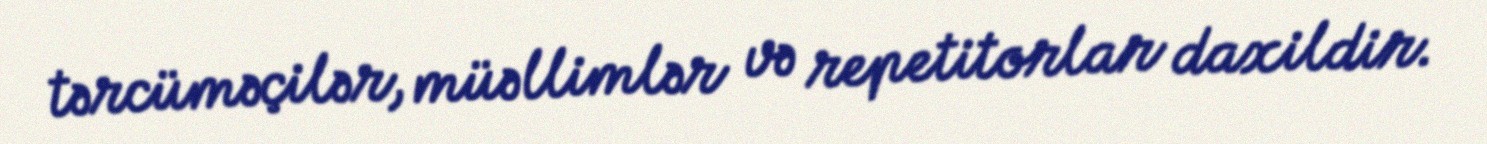
tərcüməçilər, müəllimlər və repetitorlar daxildir.